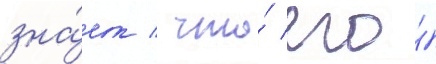
зна́ет / что́ его́